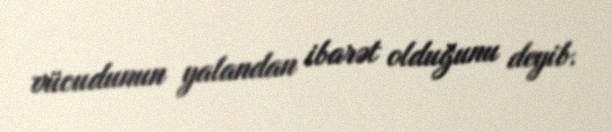
vücudunun yalandan ibarət olduğunu deyib.